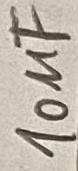
Text: 10uF